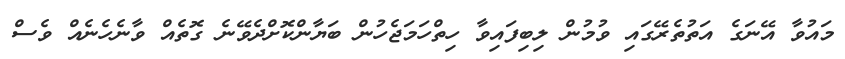
މައުވާ އޭނަގެ އަތުތެރޭގައި ވުމުން ލިބިފައިވާ ހިތްހަމަޖެހުން ބަޔާންކޮށްދެވޭނެ ގޮތެއް ވާނެހެނެއް ވެސް